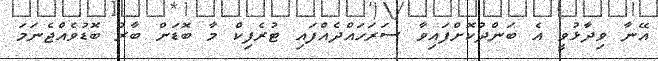
އޭނާ ވިދާޅުވީ އެ ބަންދުކޮށްފައިވާ ސަރަހައްދެއްފައި ޓުރެފިކް މާ ބޮޑަށް ބާރު ބޮޑުވެއްޖެނަމަ